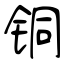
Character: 铜